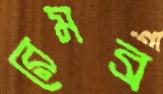
রেমব্র